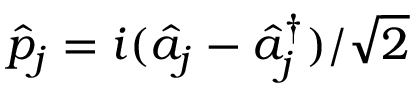
\hat { p } _ { j } = i ( \hat { a } _ { j } - \hat { a } _ { j } ^ { \dag } ) / \sqrt { 2 }